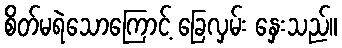
စိတ်မရဲသောကြောင့် ခြေလှမ်း နှေးသည်။